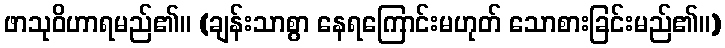
ဖာသုဝိဟာရမည်၏။ (ချန်းသာစွာ နေရကြောင်းမဟုတ် သောစားခြင်းမည်၏။)